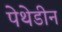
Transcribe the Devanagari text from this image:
पेथेडीन